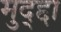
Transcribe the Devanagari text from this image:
मुद्द्दा